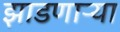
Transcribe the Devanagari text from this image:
झाडणाऱ्या